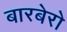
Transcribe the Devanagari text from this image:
बारबेरो